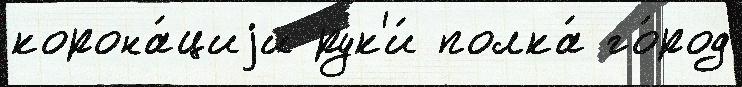
корона́циjи рук'и́ полка́ го́род